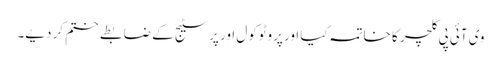
وی آئی پی کلچر کا خاتمہ کیا اور پروٹوکول اور پرسٹیج کے ضابطے ختم کر دیے۔